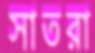
সাতরা